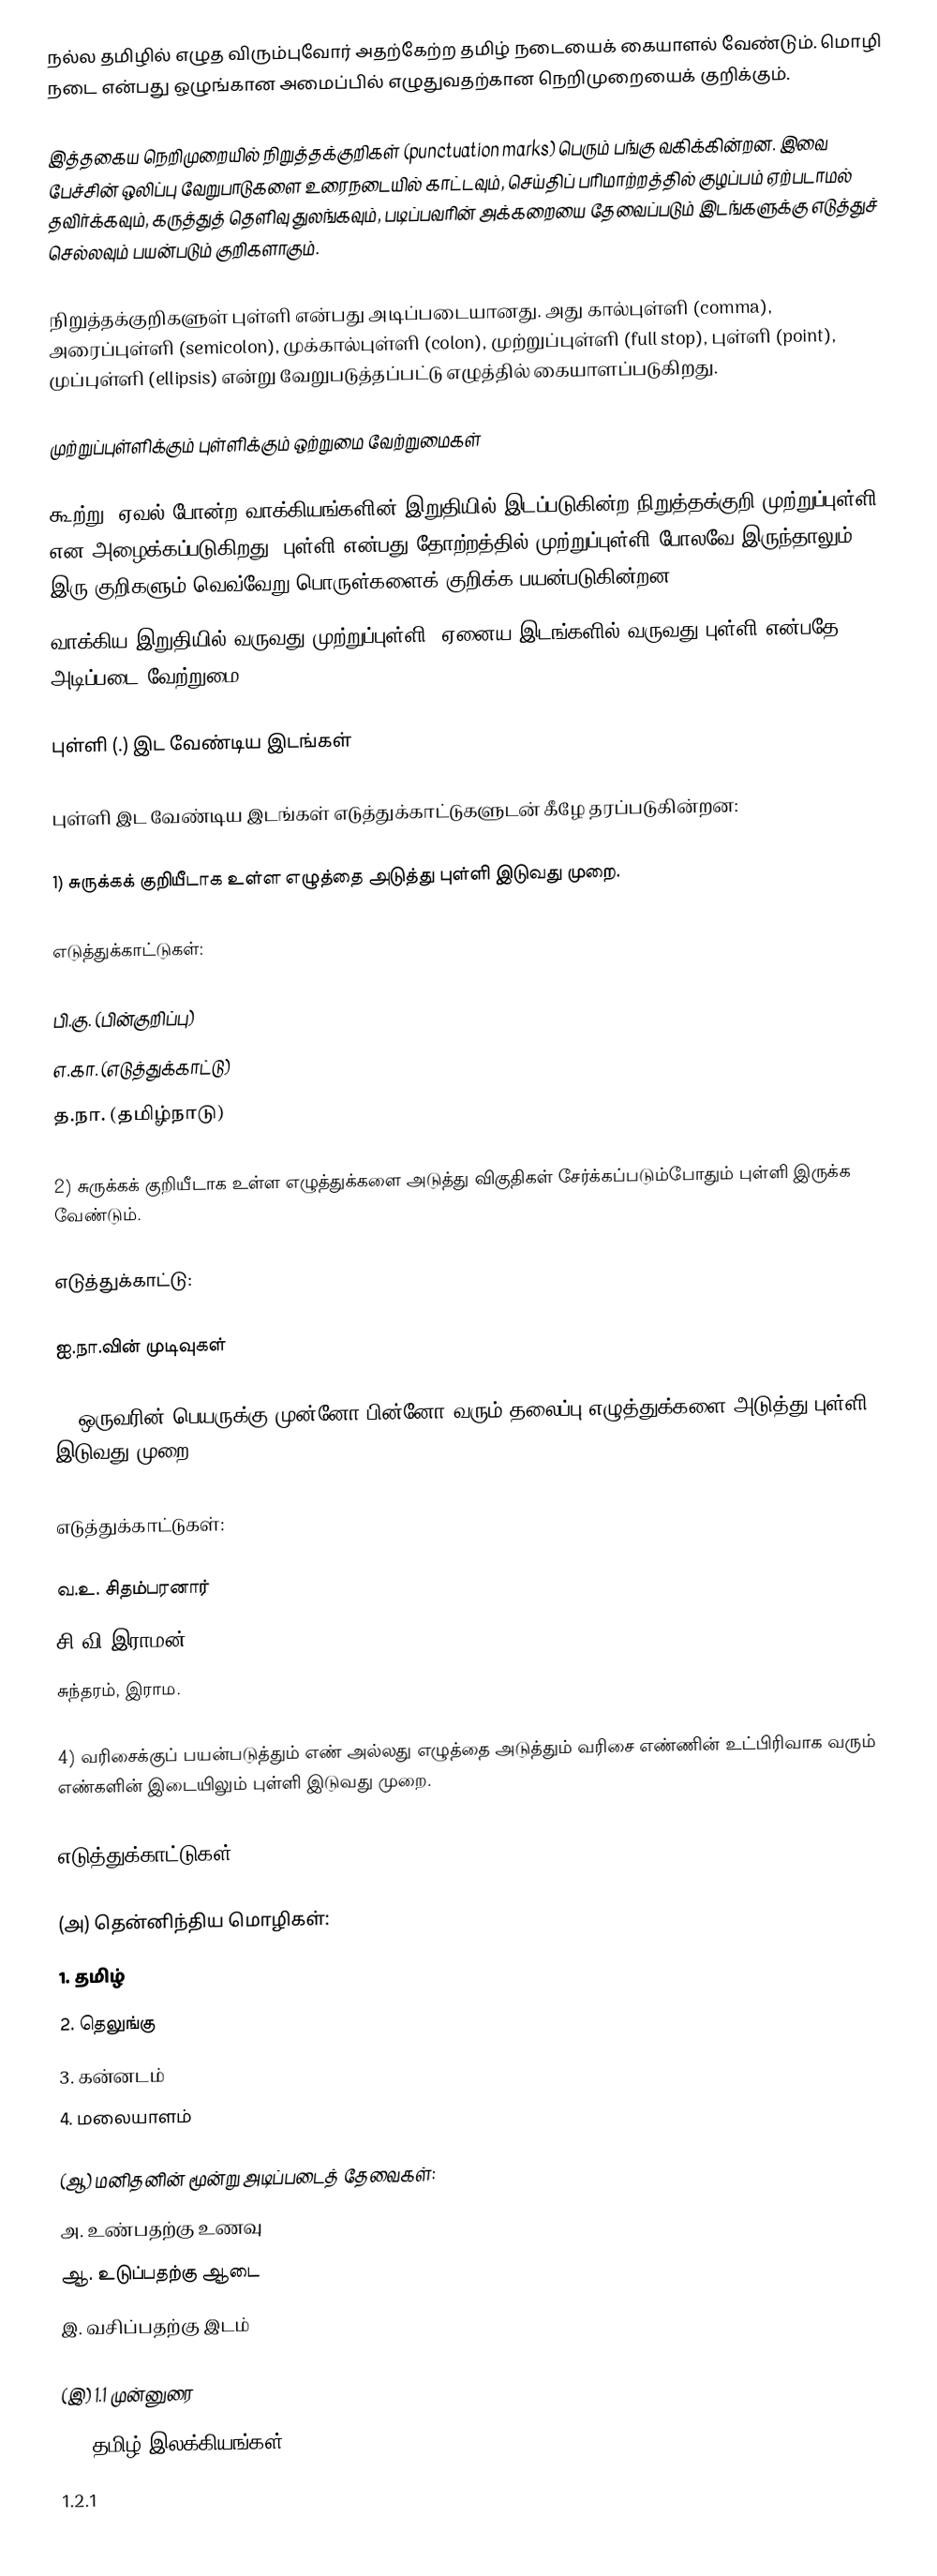
நல்ல தமிழில் எழுத விரும்புவோர் அதற்கேற்ற தமிழ் நடையைக் கையாளல் வேண்டும். மொழி நடை என்பது ஒழுங்கான அமைப்பில் எழுதுவதற்கான நெறிமுறையைக் குறிக்கும்.

இத்தகைய நெறிமுறையில்  நிறுத்தக்குறிகள் (punctuation marks) பெரும் பங்கு வகிக்கின்றன. இவை பேச்சின் ஒலிப்பு வேறுபாடுகளை உரைநடையில் காட்டவும், செய்திப் பரிமாற்றத்தில் குழப்பம் ஏற்படாமல் தவிர்க்கவும், கருத்துத் தெளிவு துலங்கவும், படிப்பவரின் அக்கறையை தேவைப்படும் இடங்களுக்கு எடுத்துச் செல்லவும் பயன்படும் குறிகளாகும்.

நிறுத்தக்குறிகளுள் புள்ளி என்பது அடிப்படையானது. அது கால்புள்ளி (comma), அரைப்புள்ளி (semicolon), முக்கால்புள்ளி (colon), முற்றுப்புள்ளி (full stop), புள்ளி (point), முப்புள்ளி (ellipsis)  என்று வேறுபடுத்தப்பட்டு எழுத்தில் கையாளப்படுகிறது.

முற்றுப்புள்ளிக்கும் புள்ளிக்கும் ஒற்றுமை வேற்றுமைகள்

கூற்று, ஏவல் போன்ற வாக்கியங்களின் இறுதியில் இடப்படுகின்ற நிறுத்தக்குறி முற்றுப்புள்ளி என அழைக்கப்படுகிறது. புள்ளி என்பது தோற்றத்தில் முற்றுப்புள்ளி போலவே இருந்தாலும், இரு குறிகளும் வெவ்வேறு பொருள்களைக் குறிக்க பயன்படுகின்றன.
வாக்கிய இறுதியில் வருவது முற்றுப்புள்ளி, ஏனைய இடங்களில் வருவது புள்ளி என்பதே அடிப்படை வேற்றுமை.

புள்ளி (.) இட வேண்டிய இடங்கள்

புள்ளி இட வேண்டிய இடங்கள் எடுத்துக்காட்டுகளுடன் கீழே தரப்படுகின்றன:

1) சுருக்கக் குறியீடாக உள்ள எழுத்தை அடுத்து புள்ளி இடுவது முறை.

எடுத்துக்காட்டுகள்:

பி.கு. (பின்குறிப்பு)
எ.கா. (எடுத்துக்காட்டு)
த.நா. (தமிழ்நாடு)

2) சுருக்கக் குறியீடாக உள்ள எழுத்துக்களை அடுத்து விகுதிகள் சேர்க்கப்படும்போதும் புள்ளி இருக்க வேண்டும்.

எடுத்துக்காட்டு:

ஐ.நா.வின் முடிவுகள்

3) ஒருவரின் பெயருக்கு முன்னோ பின்னோ வரும் தலைப்பு எழுத்துக்களை அடுத்து புள்ளி இடுவது முறை.

எடுத்துக்காட்டுகள்:

வ.உ. சிதம்பரனார்
சி.வி.இராமன்
சுந்தரம், இராம.

4) வரிசைக்குப் பயன்படுத்தும் எண் அல்லது எழுத்தை அடுத்தும் வரிசை எண்ணின் உட்பிரிவாக வரும் எண்களின் இடையிலும் புள்ளி இடுவது முறை.

எடுத்துக்காட்டுகள்:

(அ) தென்னிந்திய மொழிகள்:
1. தமிழ்
2. தெலுங்கு
3. கன்னடம்
4. மலையாளம்

(ஆ) மனிதனின் மூன்று அடிப்படைத் தேவைகள்:
அ. உண்பதற்கு உணவு
ஆ. உடுப்பதற்கு ஆடை
இ. வசிப்பதற்கு இடம்

(இ) 1.1 முன்னுரை
1.2 தமிழ் இலக்கியங்கள்
1.2.1